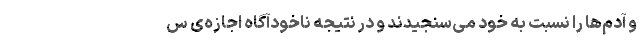
و آدم‌ها را نسبت به خود می‌سنجیدند و در نتیجه ناخودآگاه اجازه‌ی س